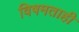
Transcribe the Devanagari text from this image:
विषमताही